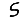
Digit: 5